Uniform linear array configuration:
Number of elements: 64
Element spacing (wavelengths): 0.5
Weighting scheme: uniform
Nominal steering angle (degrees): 60
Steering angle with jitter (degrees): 60.068
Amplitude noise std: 0.05
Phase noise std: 0.05

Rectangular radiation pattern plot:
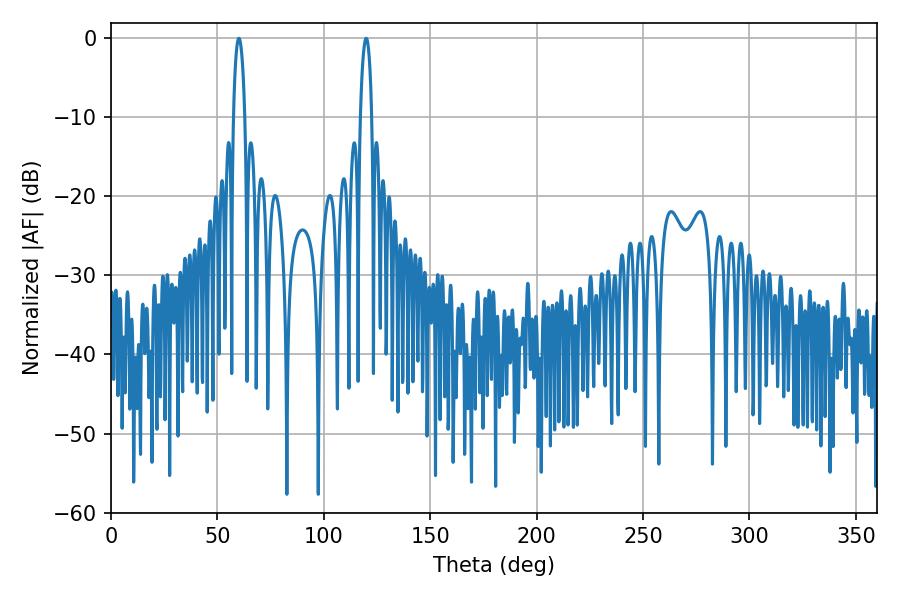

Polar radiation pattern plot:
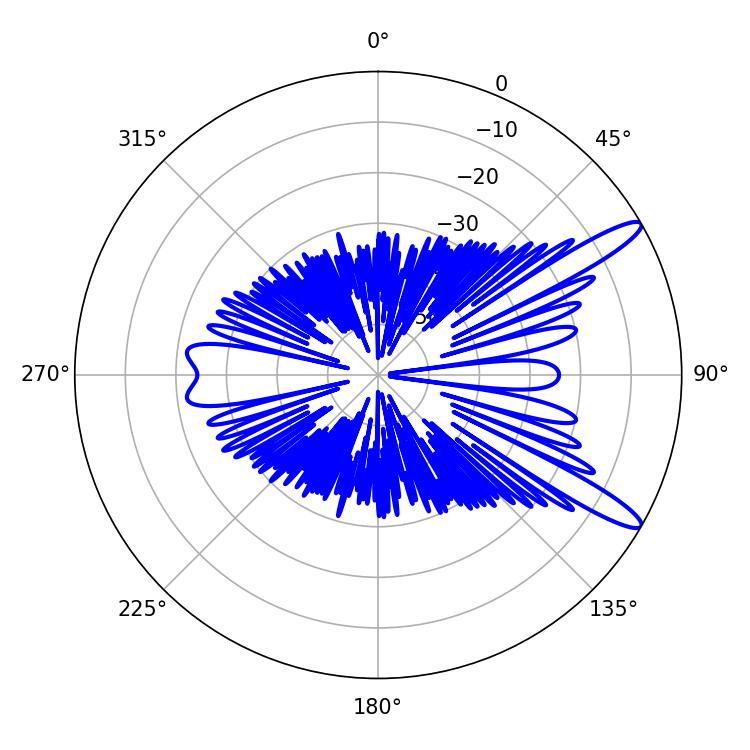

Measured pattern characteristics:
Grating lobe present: FALSE
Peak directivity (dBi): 12.772
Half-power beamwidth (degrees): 2.88
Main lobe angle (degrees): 60.12